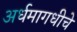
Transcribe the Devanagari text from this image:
अर्धमागधीचे